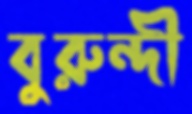
বুরুন্দী